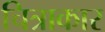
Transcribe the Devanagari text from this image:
चित्राकार